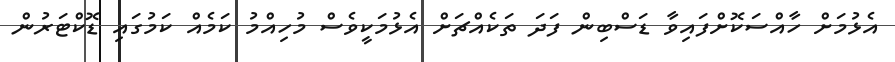
އެޅުމަށް ހާއްސަކޮށްފައިވާ ޑަސްބިން ފަދަ ތަކެއްޗަށް އެޅުމަކީވެސް މުހިއްމު ކަމެއް ކަމުގައި ޑޮކްޓަރުން